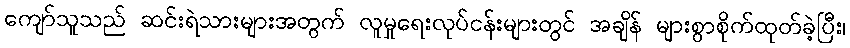
ကျော်သူသည် ဆင်းရဲသားများအတွက် လူမှုရေးလုပ်ငန်းများတွင် အချိန် များစွာစိုက်ထုတ်ခဲ့ပြီး၊